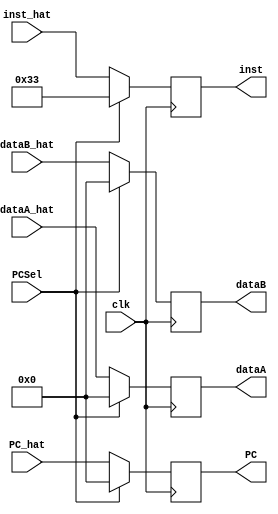
module flip_flop_ID(inst_hat,dataA_hat,dataB_hat,PC_hat,inst,dataA,dataB,PC,PCSel,clk);
parameter	INST_LENGTH = 32;
parameter 	DATA_LENGTH = 32;
parameter	PC_LENGTH = 32;

input	[INST_LENGTH-1:0]	inst_hat;
input 	[DATA_LENGTH-1:0]	dataA_hat,dataB_hat;
input 	[PC_LENGTH-1:0]		PC_hat;
input 	PCSel;
input 	clk;

output reg [INST_LENGTH-1:0] 	inst;
output reg [DATA_LENGTH-1:0]	dataA,dataB;
output reg [PC_LENGTH-1:0]	PC;

always @(posedge clk)
begin
	if(PCSel)
		begin
			inst = 32'h00000033;
			dataA = 32'h00000000;
			dataB = 32'b00000000;
			PC = 32'h00000000;
		end 
	else
		begin
			inst = inst_hat;
			dataA = dataA_hat;
			dataB = dataB_hat;
			PC = PC_hat;
		end
    
end



endmodule